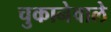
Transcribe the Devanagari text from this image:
चुकानेवाले